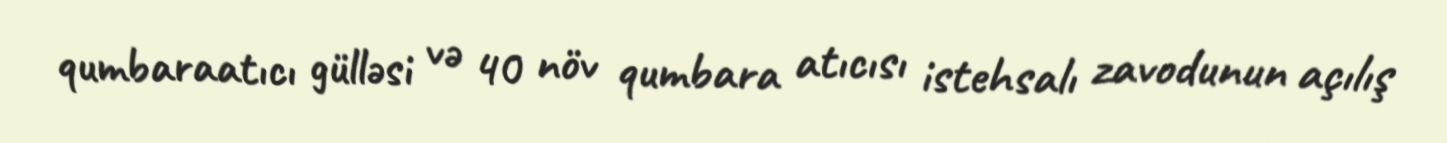
qumbaraatıcı gülləsi və 40 növ qumbara atıcısı istehsalı zavodunun açılış